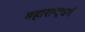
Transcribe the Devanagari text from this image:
महाराष्ट्रधर्म